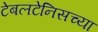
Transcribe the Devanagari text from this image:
टेबलटेनिसच्या